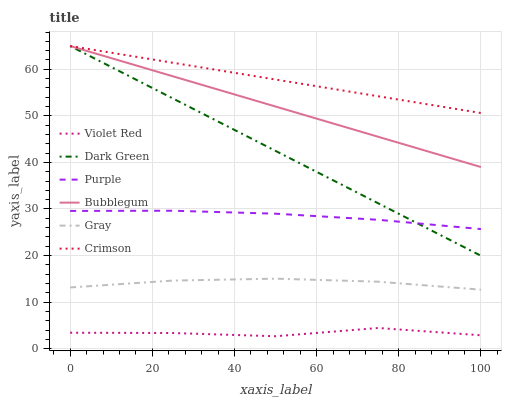
| xaxis_label | Violet Red | Dark Green | Purple | Bubblegum | Gray | Crimson |
 | --- | --- | --- | --- | --- | --- | --- |
 | 0 | 3.43 | 65 | 29.6 | 65 | 13.1 | 65 |
 | 25 | 3.36 | 53.7 | 29.6 | 58.5 | 14.6 | 61.4 |
 | 50 | 2.67 | 42.5 | 29 | 52 | 15 | 57.8 |
 | 75 | 4.44 | 31.2 | 27.7 | 45.5 | 14.4 | 54.2 |
 | 100 | 2.88 | 20 | 25.7 | 39 | 12.7 | 50.6 |